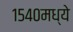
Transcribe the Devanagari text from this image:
१५४०मध्ये